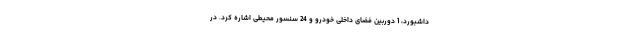
داشبورد، 1 دوربین فضای داخلی خودرو و 24 سنسور محیطی اشاره کرد. در